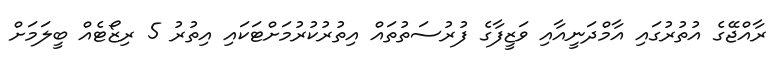
ރާއްޖޭގެ އުތުރުގައި އާމްދަނީއާއި ވަޒީފާގެ ފުރުސަތުތައް އިތުރުކުރުމަށްޓަކައި އިތުރު 5 ރިޒޯޓެއް ބީލަމަށް